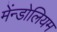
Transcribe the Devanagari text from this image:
मेंन्डोलियम